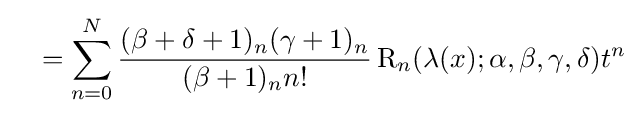
\quad =\sum _{n=0}^{N}{\frac {(\beta +\delta +1)_{n}(\gamma +1)_{n}}{(\beta +1)_{n}n!}}\operatorname {R} _{n}(\lambda (x);\alpha ,\beta ,\gamma ,\delta )t^{n}